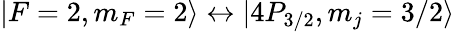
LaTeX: |F=2,m_{F}=2\rangle\leftrightarrow|4P_{3/2},m_{j}=3/2\rangle